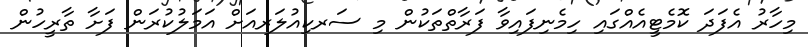
މިހާރު އެފަދަ ކޮމެޓީއެއްގައި ހިމެނިފައިވާ ފަރާތްތަކުން މި ސަރކިއުލަރއަށް އަމަލުކުރަން ފަށާ ތާރީހުން